Vital statistics of India. Vol. V, Reports of 1876 on armies & jails and on epidemic cholera
Year: 1876
Disease focus: Cholera
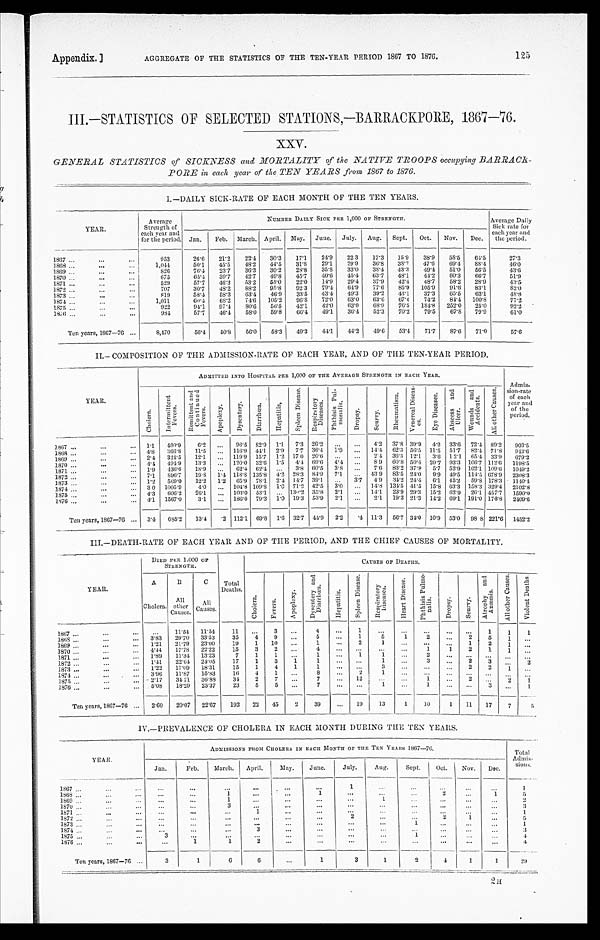
125
Appendix.] AGGREGATE OF THE STATISTICS OF THE TEN-YEAR PERIOD 1867 TO 1876.
III.—STATISTICS OF SELECTED STATIONS,—BARRACKPORE, 1867—76.
XXV.
GENERAL STATISTICS of SICKNESS and MORTALITY of the NATIVE TROOPS occupying BARRAC
K
PORE in each year of the TEN YEARS from 1867 to 1876.
I.—DAILY SICK-RATE OF EACH MONTH OF THE TEN YEARS.
YEAR.
Average
Strength of
each year and
for the period.
NUMBER DAILY SICK PER 1,000 OF STRENGTH.
Average Daily
Sick rate for
each year and
the period.
Jan.
Feb.
March. April.
May.
June.
July.
Aug.
Sept.
Oct.
Nov.
Dec.
22.4
30.3
17.1
24.9
22.3
17.3
15.9
38.9
58.5
64.5
27.3
1 8 6 7 . . .
953
26.6
21.2
1,044
50.1
45.5
48.2
44.5
31.8
29.1
29.9
36.8
38.7
47.6
69.4
88.4
46.0
1868 . . .
76.4
23.7
36.3
30.2
28.8
35.8
33.0
38.4
43.3
49.4
51.0
56.5
43.6
1869 . . .
826
65.4
39.7
42.7
49.8
45.7
40.6
45.4
63.7
48.1
44.2
60.3
66.7
51.9
1870 . . .
675
1871 . . .
529
57.7
46.3
53.2
55.0
22.0
14.9
29.4
37.9
42.4
48.7
58.2
28.9
43.5
30.7
48.2
88.2
95.8
92.3
79.4
64.9
77.6
85.9
105.9
91.6
83.1
82.0
1872 . . .
707
39.2
43.1
37.3
65.5
63.1
4 8 . 8
1873 . . .
8 1 9
58.4
58.3
63.4
46.9
33.5
43.4
49.3
63.6
67.4
74.2
84.4
100.8
7 7 . 2
60.4
68.2
74.6
105.2
96.8
72.0
63.0
1874 . . .
1,011
68.9
76.5
184.8
252.0
25.0
92.2
922
94.1
97.4
80.6
56.5
42.1
42.0
63.0
1875 . . .
52.3
57.7
46.4
58.0
59.8
66.4
49.1
36.4
70.2
79.5
67.8
79.9
61.0
1876 . . .
9 8 4
56.0
58.3
49.3
44.1
44.2
49.6
53.4
71.7
87.6
71.0
57.6
50.8
Ten years, 1867—76 . . .
8,470
56.4
II.—COMPOSITION OF THE ADMISSION-RATE OF EACH YEAR, AND OF THE TEN-YEAR PERIOD.
YEAR.
ADMITTED INTO HOSPITAL PER 1,000 OF THE AVERAGE STRENGTH IN EACH YEAR.
Admis
-sion-rate
of each
year and
o f t h e p e r i o d .
C h o l e r a .
I n t e r m i t t e n t F e v e r s .
R e m i t t e n t a n d C o n t i n u e d F e v e r s .
A p o p l e x y . Dys ent er y.
D i a r r h œ a .
H e p a t i t i s ,
S p l e e n D i s e a s e .
Res pi r at or y Di s eas es .
P h t h i s i s P u l - m o n a l i s .
D r o p s y .
Scurvy.
R h e u m a t i s m .
V e n e r a s a l D i s e a s - e s
E y e D i s e a s e s .
A b s e e s s a n d U l c e r .
W o u n d s a n d A c c i d e n t s .
A l l o t h e r C a u s e s .
1867 . . .
1.1
400.9
6.2
. . . 96.5 82.9
1.1
7.3 26.2
. . .
. . .
4.2
37.8 39.9
4.2
33.6
72.4
89.2
903.5
44.1
2.9
7.7
36.4
1.9
. . . 14.4
62.3 56.5
11.5
51.7
82.4 71.8
943. 6
116.9
4.8
366.8
11.5
. . .
1868 . . .
324.5
12.1
. . . 119.9
15.7
1.2 1 7.0
20.6
. . .
. . .
2.4
36.3 12.1
3.6
1 2.1
65.4
33.9
679.2
2.4
1869 . . .
60.8 50.4
20.7
93.3 106.7 112.6
494.9
13.3
. . . 120.0
32.6
1.5
4.4
69.6
4.4
. . .
8.9
1198.5
4.4
1870 . . .
436.6
18.9
. . . 62.4
62.4
. . . 3.8
60.5
3.8
. . .
7.6
88.2 37.8
5.7 52.9 102.1 109.6
1049.2
1.9
1871 . . .
19.8
1.4 118.8 135.8
4.2 28.3
84.9
7.1
. . . 43.9
83.5 24.0
9..9 49.5 114.5 678.9
2308.3
896.7
7.1
1872 . . .
569.0
12.2
1.2
65.9
78.1
2.4 14.7
39.1
. . .
3.7
4.9
34.2 24.4
6.1
45.2
59.8 178.3
1140.4
1.2
1873 . . .
71.2 42.5
3.0
. . . 14.8 134.5 41.5
15.8 63.3 158.3 329.4
2102.8
1005.9
4.0
. . . 104.8 109.8
1. 0
1874 . . .
30
35.8
23.9 29.3
15.2
62.9
26.1 457.7
1590.0
14.1
606.2
26.1
. . . 103.0
53.1
. . . 130.2
2.1
. . .
1875 . . .
4.3
1567.0
3.1
. . . 186.0 79.3
1.0
19.3
53.9
2.1
. . .
2.1
19.3 21.3
14.2 69.1 191.0 176.8
2409.6
1876 . . .
4.1
112.1
69.8
1.6
32.7
44.9
2.2
. 4 11.3
56.7 34.0
10.9
53.0
98.8 221.6
1452.2
Ten years, 1867—76 . . .
3.4
685.2
13.4
. 2
III.—DEATH-RATE OF EACH YEAR AND OF THE PERIOD, AND THE CHIEF CAUSES OF MORTALITY.
YEAR.
DIED PER 1.000 OF
STRENGTH.
Total
Deaths.
CAUSES OF DEATHS.
C h o l e r a .
F e v e r s .
A p o p l e x y .
D y s e n t e r y a n d D i a r r h œ a .
H e p a t i t i s .
S p l e e n D i s e a s e .
R e s p i r a t o r y D i s e a s e s .
H e a r t D i s e a s e .
P h t h i s i s P u l m o - n a l i s .
D r o p s y .
S c u r v y .
A t r o p h y a n d A n æ m i a .
A l l o t h e r C a u s e s .
V i o l e n t D e a t h s .
A
B
C
Cholera.
All
other
Causes.
All
Causes.
. . .
3
. . .
4
. . .
1
. . .
. . .
. . .
. . .
. . .
11
1
1867 . . .
. . .
11.54
11.54
1
1
3.83
29.70
33.53
35
4
9
. . .
5
. . .
1
5
1
2
. . .
2
5
1
. . .
1868 . . .
21.1
21.79
23.00
19
1
10
. . .
1
. . .
2
1
. . .
. . .
. . .
1
2
1
. . .
1869 . . .
4.44
17.78
22.22
15
3
2
. . .
4
. . .
. . .
. . .
. . .
1
1
2
1
1
. . .
1870 . . .
1.89
11.34
13.23
7
1
1
. . .
1
. . .
1
1
. . .
2
. . .
. . .
. . .
. . . . . .
1871 . . .
1.41
22.64
24.05
17
1
3
1
1
. . .
. . .
1
. . .
3
. . .
2
3
. . . 2
1872 . . .
1.22
17.09
18.31
15
1
4
1
1
. . .
. . .
3
. . .
. . .
. . .
2
2
1 . . .
1873 . . .
3.96
11.87
15.83
16
4
1
. . .
8
. . .
2
1
. . .
. . .
. . .
. . .
. . .
. . .
. . .
1874 . . .
2.17
31 71
368S
31
2
7
. . .
7
. . .
1 2
. . .
. . .
1
. . .
2
. . .
2
1
1875 . . .
5.08
18.29
23.37
23
5
5
. . .
7
. . .
. . .
1
. . .
1
. . .
. . .
3
. . .
1
1876 . . .
Ten years, 1867-70 ...
260
20'07
22'67
192
22
45
2
39
. . .
19
13
1
10
1
11
17
7
5
IV.—PREVALENCE OF CHOLERA IN EACH MONTH DURING THE TEN YEARS.
Y E A R .
ADMISSIONS PROM CHOLERA IN EACH MONTH OF THE TEN YEARS 1867—76.
Total A d m i s - s i o n s .
May.
June.
July.
Aug.
Sept.
Oct.
Nov.
Dec.
Jan.
Feb.
March.
April.
1 8 6 7 . . .
. . .
. . .
. . .
. . .
. . .
. . .
1
. . .
. . .
. . .
. . .
. . .
1
2
5
1868 . . .
. . .
. . .
1
. . .
. . .
1
. . .
. . .
. . .
. . .
1
1
2
1869 . . .
. . .
. . .
1
. . .
. . .
. . .
. . .
. . .
. . .
. . .
. . .
1870 . . .
. . .
. . .
3
. . .
. . .
. . .
. . .
. . .
. . .
. . .
. . .
. . .
3
1
1871 . . .
. . .
. . .
. . .
1
. . .
. . .
. . .
. . .
. . .
. . .
. . .
. . .
2
1872 . . .
. . .
. . .
. . .
. . .
. . .
. . .
2
. . .
. . .
1
. . .
5
1873 . . .
. . .
. . .
. . .
. . .
. . .
. . .
. . .
. . .
1
. . .
. . .
. . .
1
1874 . . .
3
. . .
. . .
. . .
3
. . .
. . .
. . .
. . .
. . .
. . .
. . .
. . .
1875 . . .
3
. . .
. . .
. . .
. . .
. . .
. . .
. . .
1
. . .
. . .
. . .
4
1876 . . .
. . . 1
1
2
. . .
. . .
. . .
. . .
. . .
. . .
. . .
. . .
4
Ten years, 1867—76 . . .
3
1
6
6
. . .
1
3
1
2
4
1
1
29
2 H